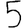
Digit: 5